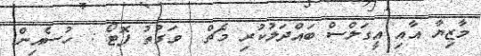
މާޒިޔާ އާއި އީގަލްސް ބައްދަލުކުރި މެޗް  ވަގުތު ފޮޓޯ : ހުސެއިން